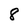
Character: 8